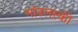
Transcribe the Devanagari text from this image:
मॉडलस्की